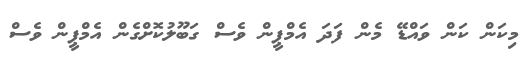
މިކަން ކަން ވައްޑޭ މެން ފަދަ އެމްޕީން ވެސް ގަބޫލުކޮށްގެން އެމްޕީން ވެސް